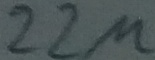
Text: 22µ